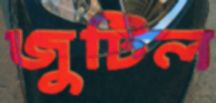
জুটিল